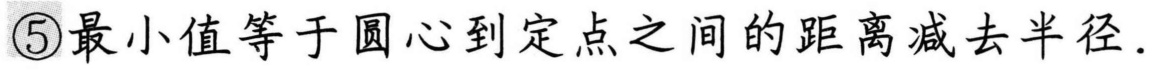
\textcircled{5}最小值等于圆心到定点之间的距离减去半径.